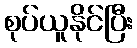
စုပ်ယူနိုင်ပြီး